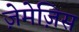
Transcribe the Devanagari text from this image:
ज़ेमेज़िस